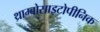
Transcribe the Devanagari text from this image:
थ्राम्बोसाइटोपीनिक